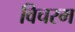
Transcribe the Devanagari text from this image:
विचरम